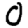
Digit: 0